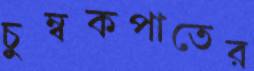
চুম্বকপাতের